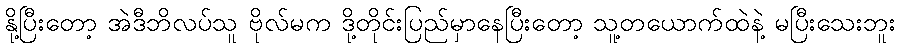
နို့ပြီးတော့ အဲဒီဘိလပ်သူ ဗိုလ်မက ဒို့တိုင်းပြည်မှာနေပြီးတော့ သူ့တယောက်ထဲနဲ့ မပြီးသေးဘူး